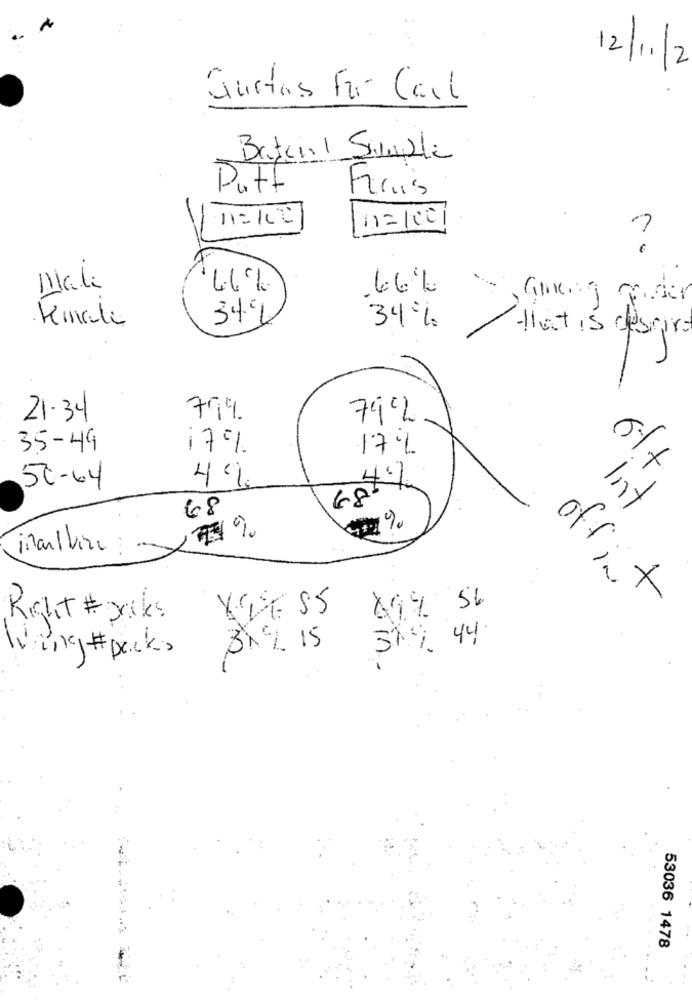
12/11/2
Gustas For Carl
Bateril Semble
Putt
Finis
1=1001
Male
6.6%
6.6%
349
34%
-that is desaire
21.34
79%
35-49
17%
17%
50-64
4%
68
off it
XSDE 55
Right # sacks
319 44
319 15
Wing # packs
53036 1478